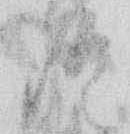
名